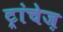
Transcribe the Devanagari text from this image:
ट्रांचेज़